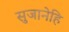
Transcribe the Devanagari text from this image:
सुजानेहि